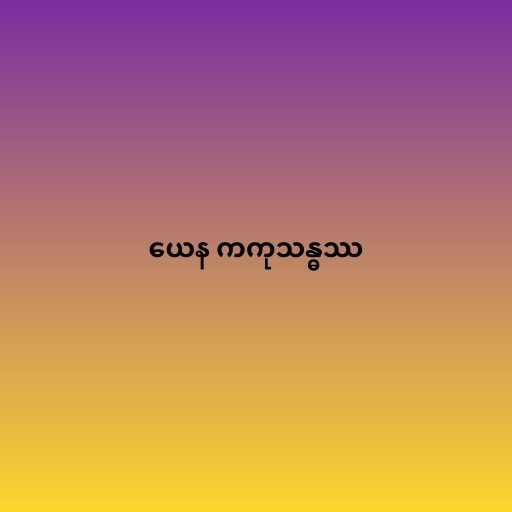
ယေန ကကုသန္ဓဿ